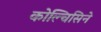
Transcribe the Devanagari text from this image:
कोल्चिसिने